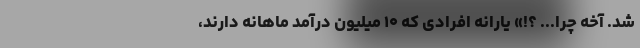
شد. آخه چرا... ؟!» یارانه افرادی که ۱۰ میلیون درآمد ماهانه دارند،